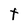
Character: t